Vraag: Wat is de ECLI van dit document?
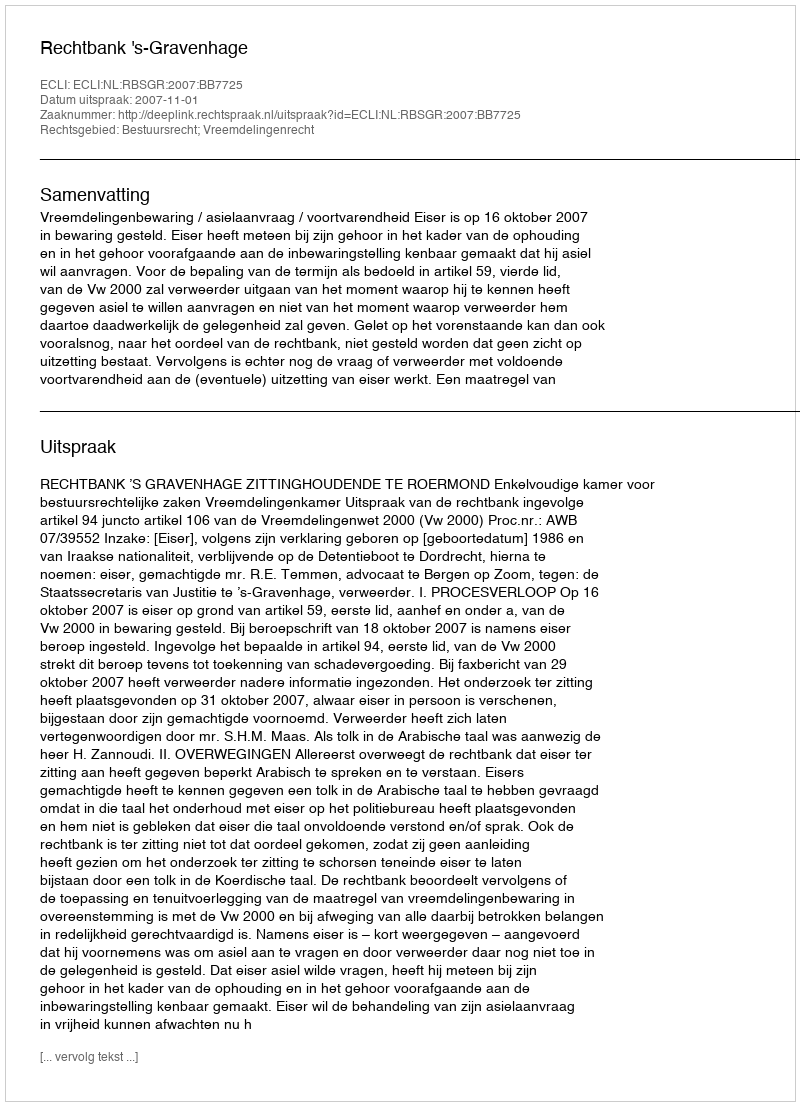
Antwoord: ECLI:NL:RBSGR:2007:BB7725